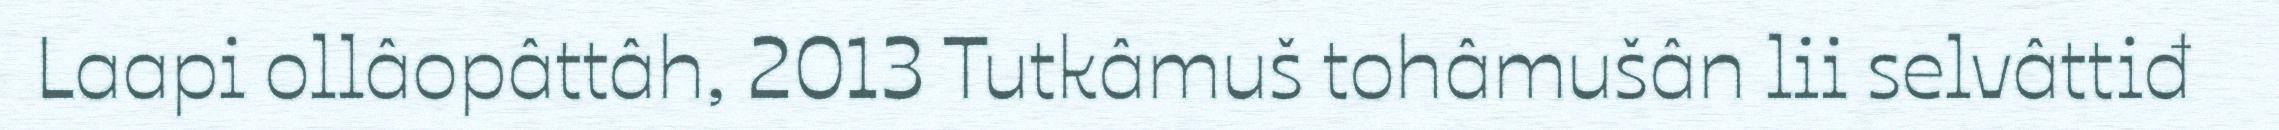
Laapi ollâopâttâh, 2013 Tutkâmuš tohâmušân lii selvâttiđ